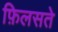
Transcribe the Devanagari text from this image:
फ़िलसते